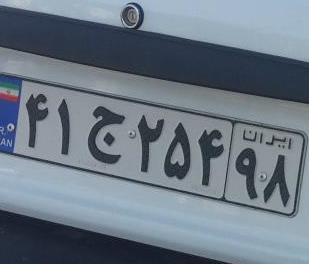
۴۱ج۲۵۴۹۸